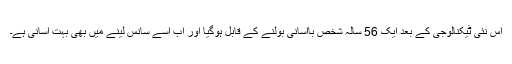
اس نئی ٹیکنالوجی کے بعد ایک 56 سالہ شخص باآسانی بولنے کے قابل ہوگیا اور اب اسے سانس لینے میں بھی بہت آسانی ہے۔